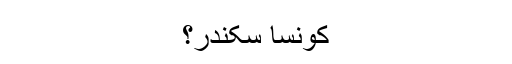
کونسا سکندر؟